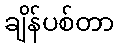
ချိန်ပစ်တာ